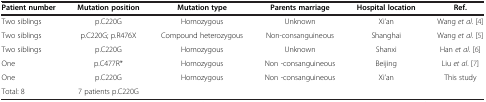
| Patient number | Mutation position | Mutation type | Parents marriage | Hospital location | Ref. |
 | --- | --- | --- | --- | --- | --- |
 | Two siblings | p.C220G | Homozygous | Unknown | Xi’an | Wang et al.[4] |
 | Two siblings | p.C220G; p.R476X | Compound heterozygous | Non-consanguineous | Shanghai | Wang et al.[5] |
 | Two siblings | p.C220G | Homozygous | Unknown | Shanxi | Han et al.[6] |
 | One | p.C477R* | Homozygous | Non -consanguineous | Beijing | Liu et al.[7] |
 | One | p.C220G | Homozygous | Non -consanguineous | Xi’an | This study |
 | Total: 8 | 7 patients p.C220G |  |  |  |  |